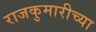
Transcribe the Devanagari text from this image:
राजकुमारीच्या